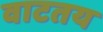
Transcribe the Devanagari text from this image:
वाटतय